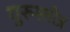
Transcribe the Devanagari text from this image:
गुरुस्तोत्र